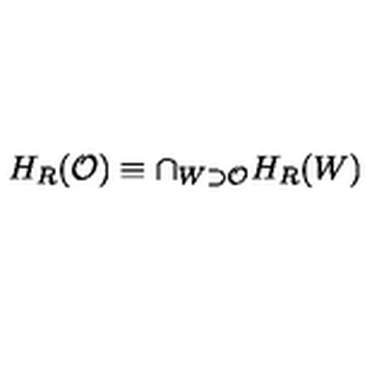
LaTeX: H _ { R } ( \mathcal { O } ) \equiv \cap _ { W \supset \mathcal { O } } H _ { R } ( W )